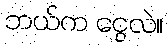
ဘယ်က ငွေလဲ။